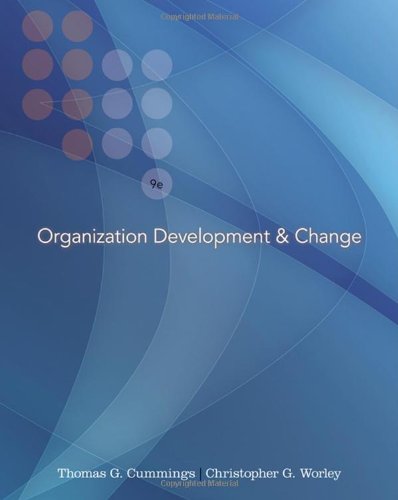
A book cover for Organization Development and Change (with InfoTrac College Edition Printed Access Card); Thomas G. Cummings; Business & Money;